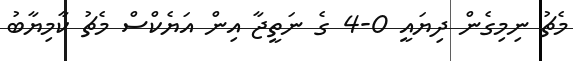
މެޗު ނިމިގެން ދިޔައީ 0-4 ގެ ނަތީޖާ އިން އަޔެކްސް މެޗު ކާމިޔާބު